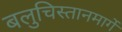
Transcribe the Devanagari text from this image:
बलुचिस्तानमार्गे